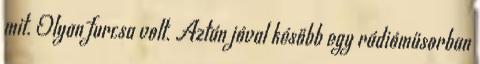
mit. Olyan furcsa volt. Aztán jóval később egy rádióműsorban